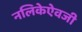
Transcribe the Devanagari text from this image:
नलिकेऐवजी